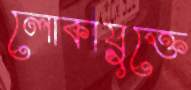
লোকায়ুক্তে